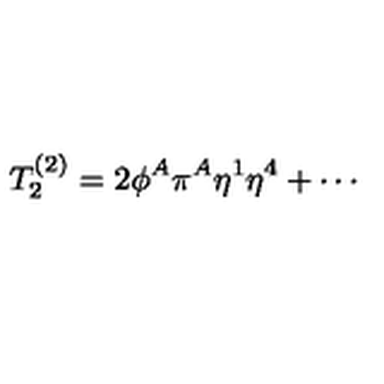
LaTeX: T _ { 2 } ^ { ( 2 ) } = 2 \phi ^ { A } \pi ^ { A } \eta ^ { 1 } \eta ^ { 4 } + \cdots